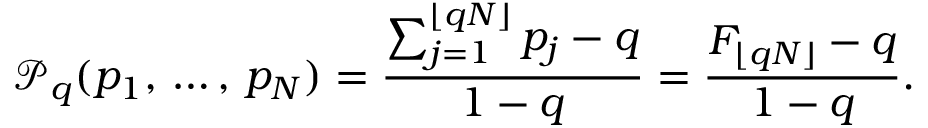
\mathcal { P } _ { q } ( p _ { 1 } , \, \dots , \, p _ { N } ) = \frac { \sum _ { j = 1 } ^ { \lfloor q N \rfloor } p _ { j } - q } { 1 - q } = \frac { F _ { \lfloor q N \rfloor } - q } { 1 - q } .